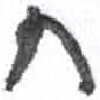
אות: ח